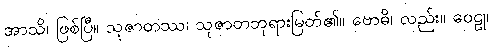
အာသိ၊ ဖြစ်ပြီ။ သုဇာတဿ၊ သုဇာတဘုရားမြတ်၏။ ဗောဓိ၊ လည်း။ ဝေဠု၊